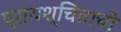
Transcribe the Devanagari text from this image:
प्रायश्चिताची